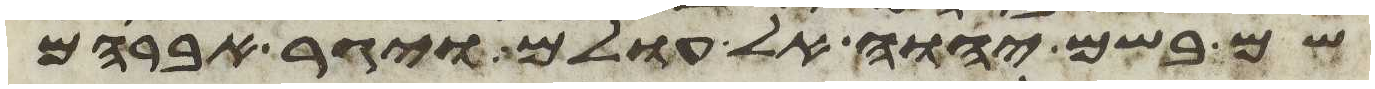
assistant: שם בשם יהוה אל עולם ויגר אברהם